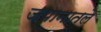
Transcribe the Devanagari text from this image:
जपानातले